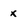
Character: x